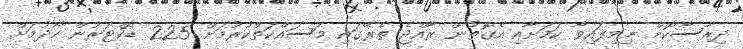
ދިރާސާކޮށް ނިމިފައިވާ ކަމަށާއި އެގޮތުން ރާއްޖެ ތެރޭގައި މަސައްކަތްކުރުމަށް 225 ޑޮކްޓަރުން ހޯދުމަށް